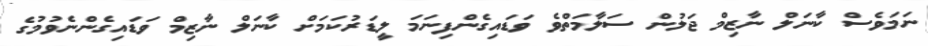
ނަމަވެސް ކާނަލް ނާޒިމް ޖަލުން ސަލާމަތްވެ ވަޑައިގެންފިނަމަ ލީޑަރުކަމަށް ކާނަލް ނާޒިމް ވަޑައިގެންނެވުމުގެ